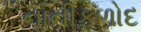
નાનીફળોદ